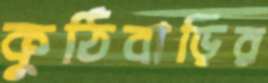
কুঠিবাড়ির